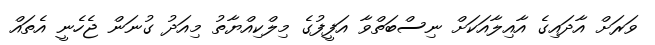
ވަރަށް އާދައިގެ އާއިލާއަކަށް ނިސްބަތްވާ އަފީފުގެ މިލްކިއްޔާތު މިއަދު ގުނަން ޖެހެނީ އެތައް